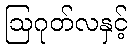
ဩဂုတ်လနှင့်